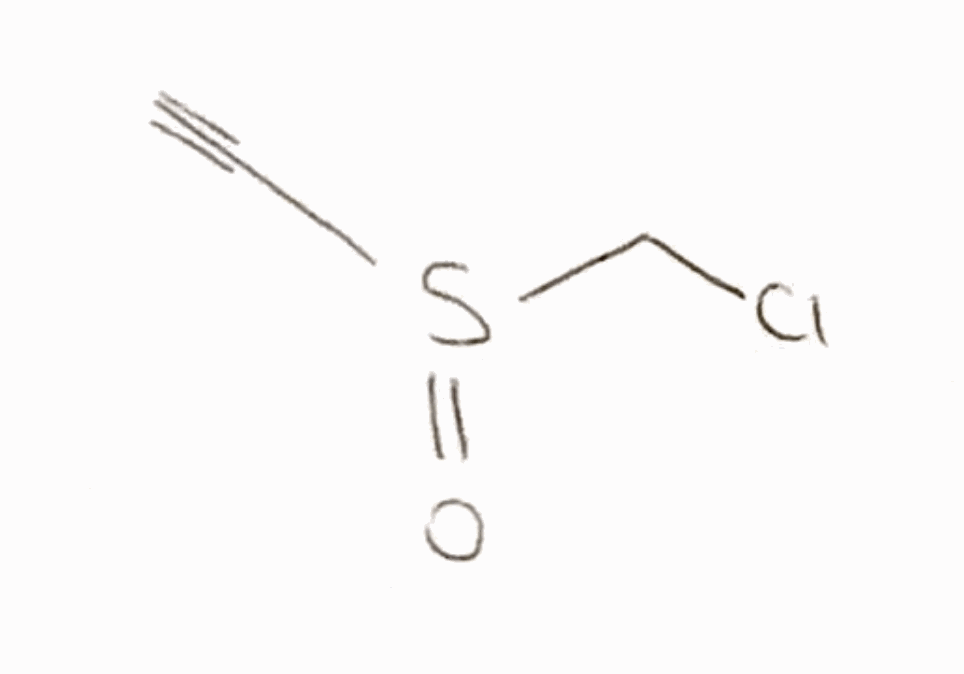
Simplified molecular-input line-entry system (SMILES) notation of the given molecule:
C#CS(=O)CCl